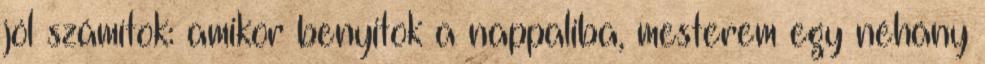
jól számítok: amikor benyitok a nappaliba, mesterem egy néhány